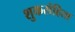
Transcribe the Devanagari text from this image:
शुकसंहिता